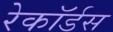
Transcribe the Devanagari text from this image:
रेकॉर्डस